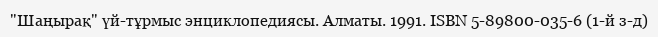
"Шаңырақ" үй-тұрмыс энциклопедиясы. Алматы. 1991. ISBN 5-89800-035-6 (1-й з-д)